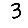
Digit: 3